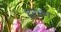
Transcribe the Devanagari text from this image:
दरभंग